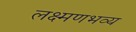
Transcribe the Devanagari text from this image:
लक्ष्मणभव्य